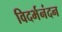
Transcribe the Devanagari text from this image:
विदर्भनंदन